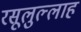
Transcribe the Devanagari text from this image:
रसूलुल्‍लाह